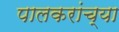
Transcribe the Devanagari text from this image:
पालकरांच्या